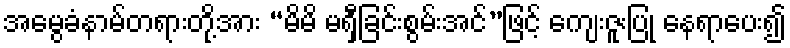
အမွေခံနာမ်တရားတို့အား “မိမိ မရှီခြင်းစွမ်းအင်”ဖြင့် ကျေးဇူးပြု နေရာပေး၍